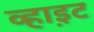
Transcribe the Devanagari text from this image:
व्हाइ़ट